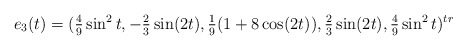
\begin{align*}e_3(t) = (\tfrac{4}{9}\sin^2t, -\tfrac{2}{3}\sin(2t),\tfrac{1}{9}(1+8\cos(2t)),\tfrac{2}{3}\sin(2t), \tfrac{4}{9}\sin^2t)^{tr}\end{align*}